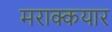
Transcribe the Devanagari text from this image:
मराक्कयार